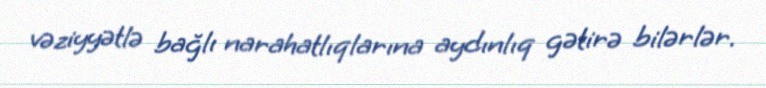
vəziyyətlə bağlı narahatlıqlarına aydınlıq gətirə bilərlər.